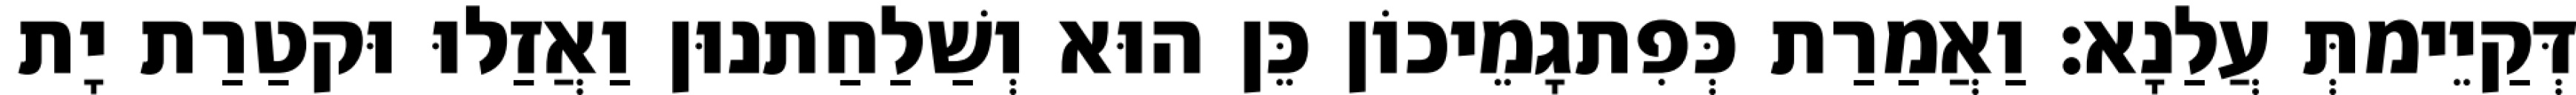
דְּקַיֵימתְּ עֲלַנָא׃ וַאֲמַרַת כְּפִתגָמֵיכוֹן כֵּן הוּא וְשַׁלַחַתנוּן וַאֲזַלוּ וּקטַרַת יָת